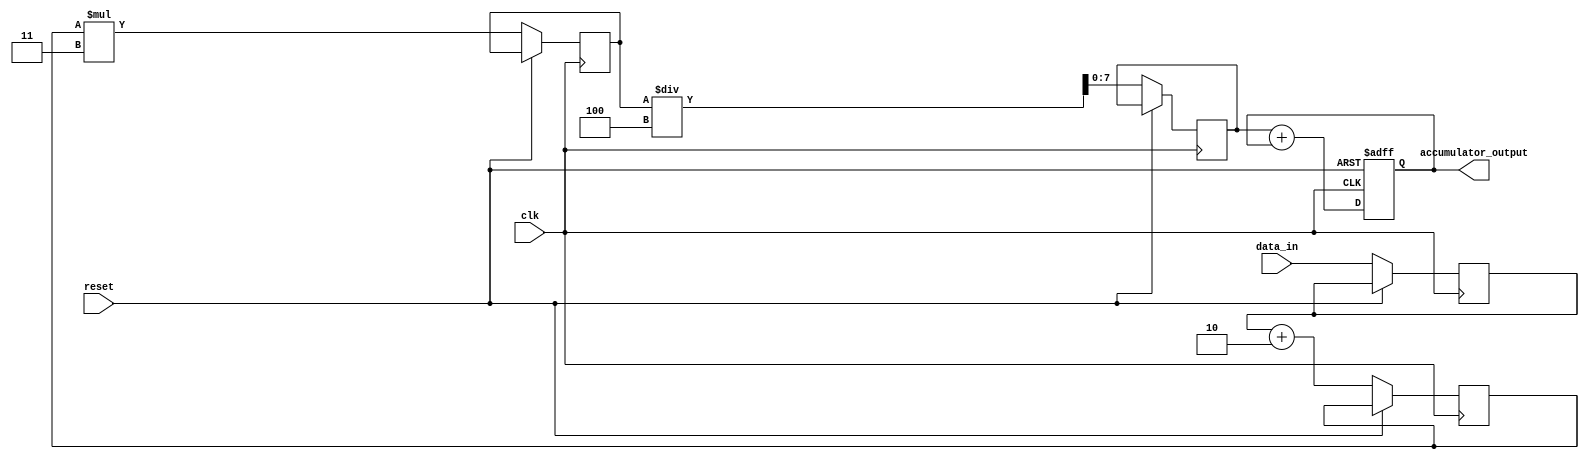
module PipelineAccumulator (
    input clk,
    input reset,
    input [7:0] data_in,
    output reg [15:0] accumulator_output
);

reg [7:0] stage1_out;
reg [7:0] stage2_out;
reg [7:0] stage3_out;
reg [7:0] stage4_out;

always @(posedge clk or posedge reset) begin
    if (reset) begin
        accumulator_output <= 16'b0;
    end else begin
        stage1_out <= data_in;
        stage2_out <= stage1_out + 2;
        stage3_out <= stage2_out * 3;
        stage4_out <= stage3_out / 4;

        accumulator_output <= stage4_out + accumulator_output;
    end
end

endmodule